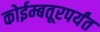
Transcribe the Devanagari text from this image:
कोईम्बतूरपर्यंत